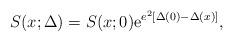
LaTeX: \begin{align*}S(x;\Delta) = S(x;0) {\rm e}^{e^2[\Delta(0) - \Delta(x)]}, \end{align*}